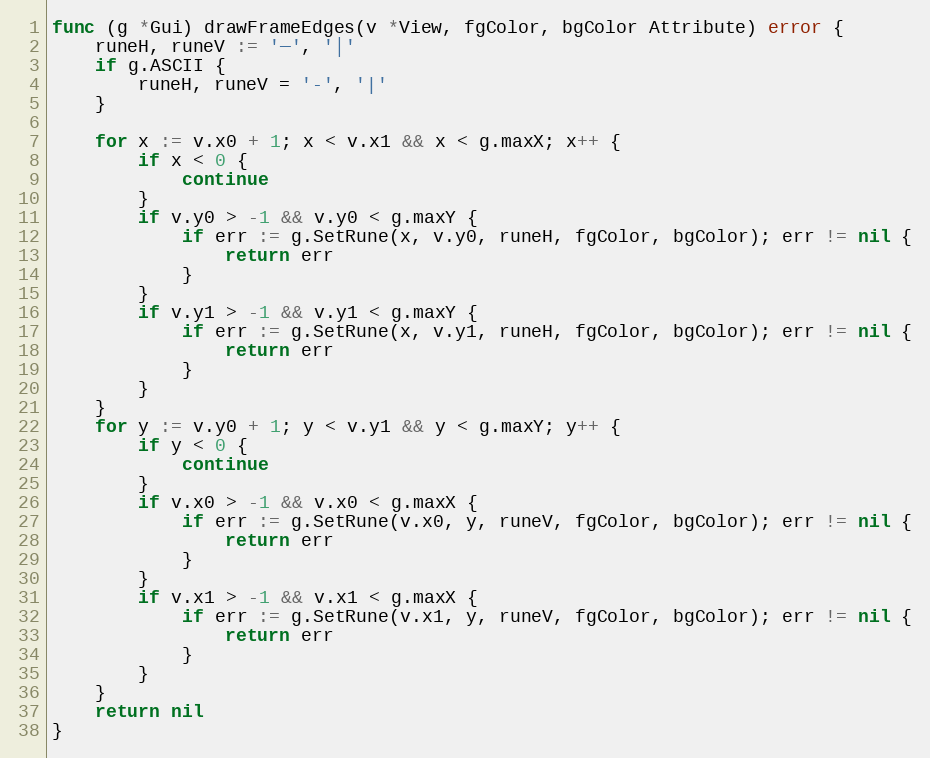
Language: Go
func (g *Gui) drawFrameEdges(v *View, fgColor, bgColor Attribute) error {
	runeH, runeV := '─', '│'
	if g.ASCII {
		runeH, runeV = '-', '|'
	}

	for x := v.x0 + 1; x < v.x1 && x < g.maxX; x++ {
		if x < 0 {
			continue
		}
		if v.y0 > -1 && v.y0 < g.maxY {
			if err := g.SetRune(x, v.y0, runeH, fgColor, bgColor); err != nil {
				return err
			}
		}
		if v.y1 > -1 && v.y1 < g.maxY {
			if err := g.SetRune(x, v.y1, runeH, fgColor, bgColor); err != nil {
				return err
			}
		}
	}
	for y := v.y0 + 1; y < v.y1 && y < g.maxY; y++ {
		if y < 0 {
			continue
		}
		if v.x0 > -1 && v.x0 < g.maxX {
			if err := g.SetRune(v.x0, y, runeV, fgColor, bgColor); err != nil {
				return err
			}
		}
		if v.x1 > -1 && v.x1 < g.maxX {
			if err := g.SetRune(v.x1, y, runeV, fgColor, bgColor); err != nil {
				return err
			}
		}
	}
	return nil
}